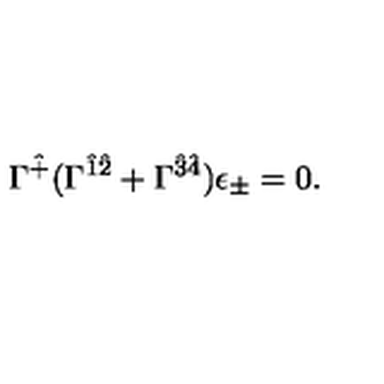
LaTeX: \Gamma ^ { \hat { + } } ( \Gamma ^ { \hat { 1 } \hat { 2 } } + \Gamma ^ { \hat { 3 } \hat { 4 } } ) \epsilon _ { \pm } = 0 .